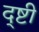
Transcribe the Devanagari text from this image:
द्ष्टी